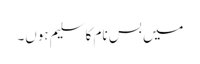
میں بس نام کا سلیم ہوں۔